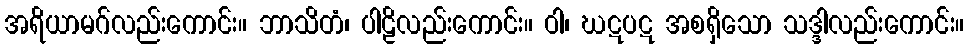
အရိယာမဂ်လည်းကောင်း။ ဘာသိတံ၊ ပါဠိလည်းကောင်း။ ဝါ၊ ဃဋပဋ အစရှိသော သဒ္ဒါလည်းကောင်း။